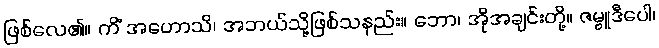
ဖြစ်လေ၏။ ကိံ အဟောသိ၊ အဘယ်သို့ဖြစ်သနည်း။ ဘော၊ အိုအချင်းတို့။ ဇမ္ဗူဒီပေါ၊